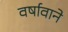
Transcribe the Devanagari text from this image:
वर्षावाने